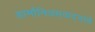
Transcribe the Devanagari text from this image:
हार्मोनिअमवादनाचे